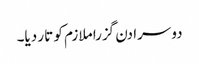
دوسرا دن گزرا ملازم کو تار دیا۔